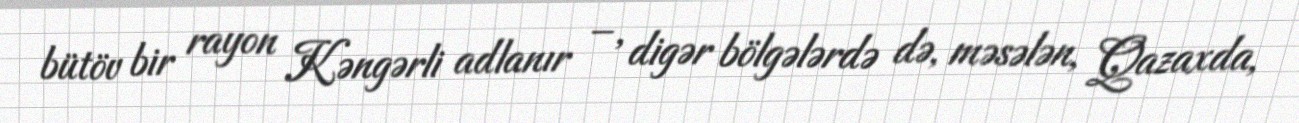
bütöv bir rayon Kəngərli adlanır – , digər bölgələrdə də, məsələn, Qazaxda,